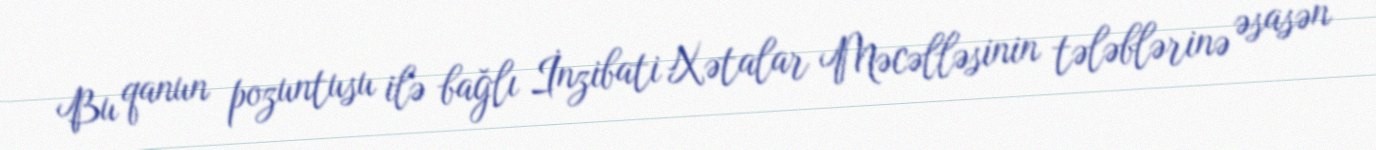
Bu qanun pozuntusu ilə bağlı İnzibati Xətalar Məcəlləsinin tələblərinə əsasən